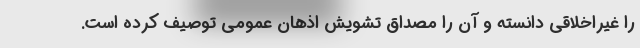
را غیراخلاقی دانسته و آن را مصداق تشویش اذهان عمومی توصیف کرده است.